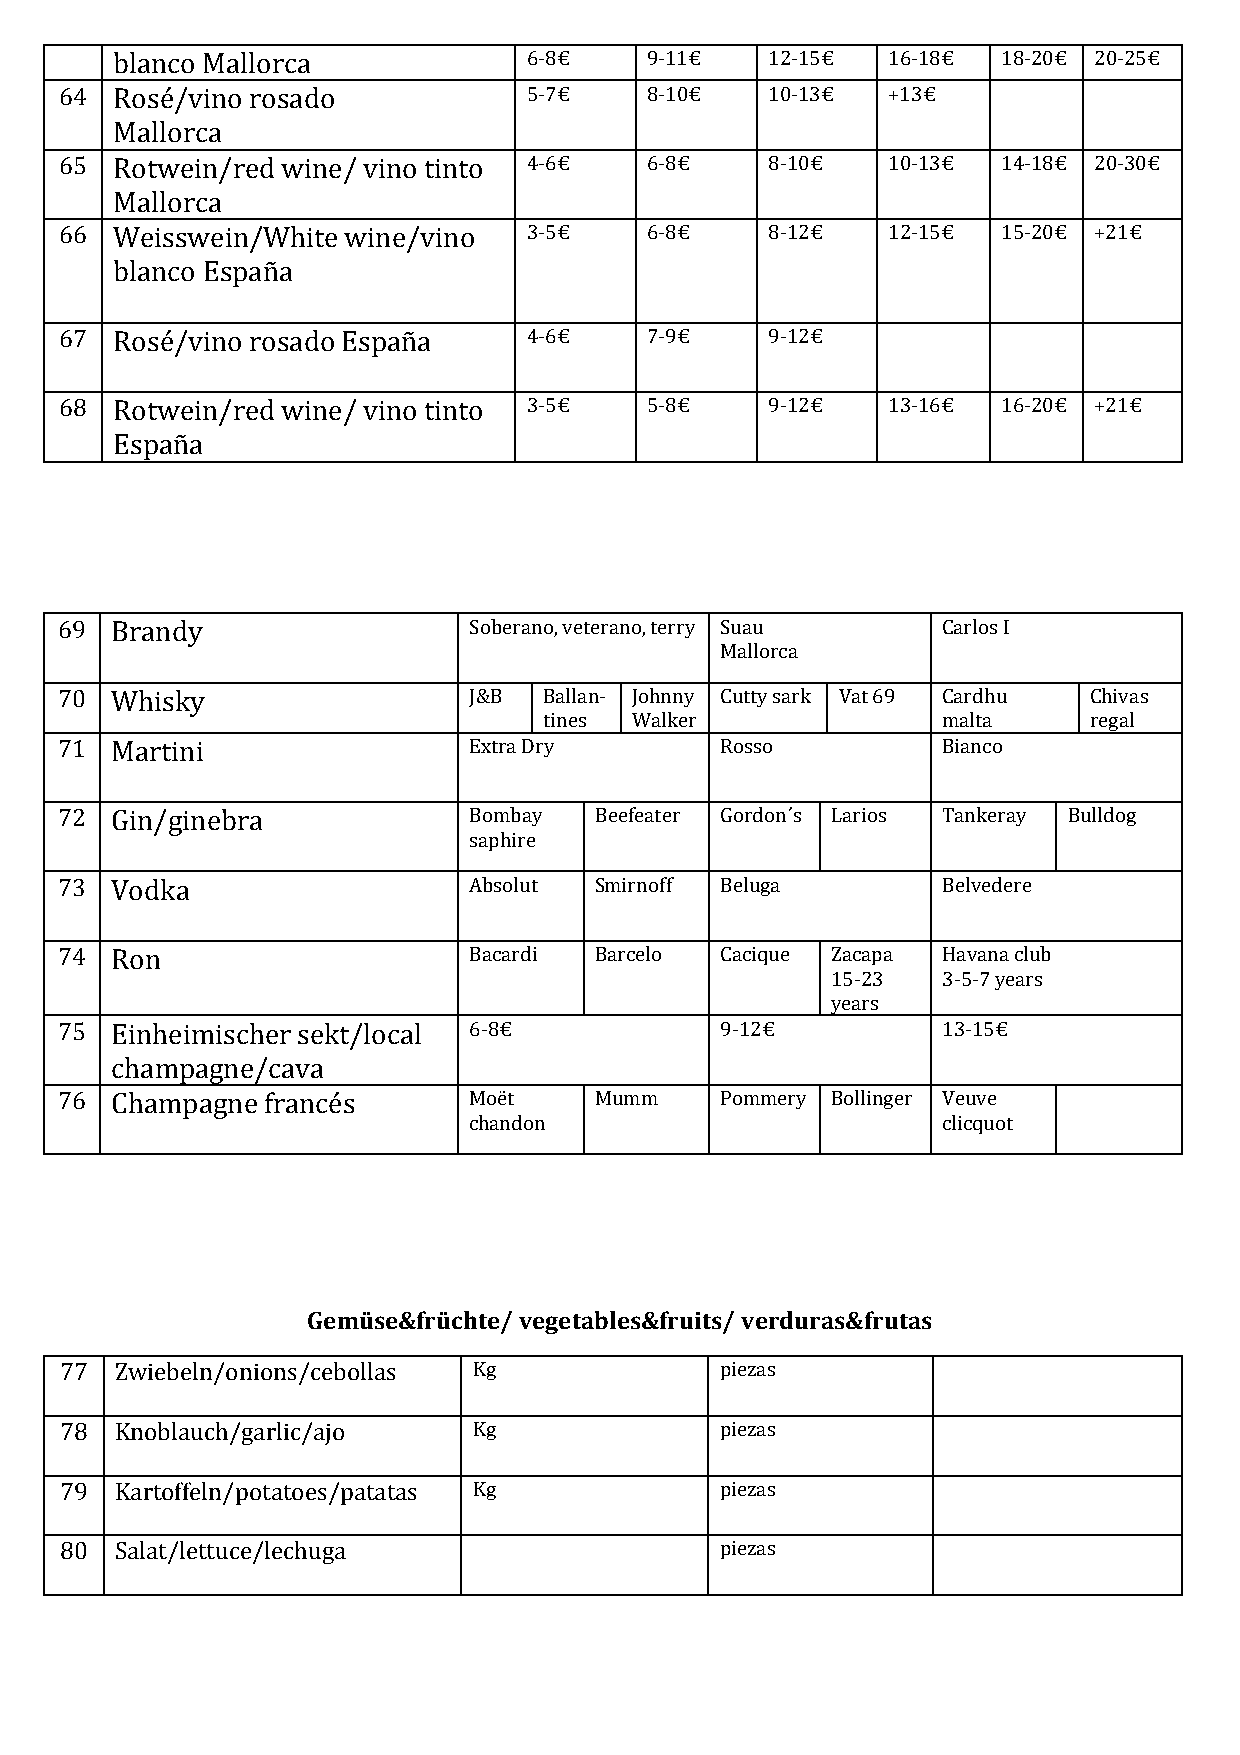
blanco Mallorca             6-8€    9-11€   12-15€  16-18€ 18-20€ 20-25€
 64 Rosé/vino rosado            5-7€    8-10€   10-13€  +13€
 Mallorca
 65 Rotwein/red wine/ vino tinto 4-6€   6-8€    8-10€   10-13€ 14-18€ 20-30€
 Mallorca
 66 Weisswein/White wine/vino   3-5€    6-8€    8-12€   12-15€ 15-20€ +21€
 blanco España
 67 Rosé/vino rosado España     4-6€    7-9€    9-12€
 68 Rotwein/red wine/ vino tinto 3-5€   5-8€    9-12€   13-16€ 16-20€ +21€
 España
 69 Brandy                  Soberano, veterano, terry Suau Carlos I
 Mallorca
 70 Whisky                  J&B  Ballan- Johnny Cutty sark Vat 69 Cardhu Chivas
 tines Walker              malta     regal
 71 Martini                 Extra Dry        Rosso         Bianco
 72 Gin/ginebra             Bombay  Beefeater Gordon´s Larios Tankeray Bulldog
 saphire
 73 Vodka                   Absolut Smirnoff Beluga        Belvedere
 74 Ron                     Bacardi Barcelo  Cacique Zacapa Havana club
 15-23  3-5-7 years
 years
 75 Einheimischer sekt/local 6-8€            9-12€         13-15€
 champagne/cava
 76 Champagne francés       Moët    Mumm     Pommery Bollinger Veuve
 chandon                        clicquot
 Gemüse&früchte/ vegetables&fruits/ verduras&frutas
 77  Zwiebeln/onions/cebollas Kg             piezas
 78  Knoblauch/garlic/ajo   Kg               piezas
 79  Kartoffeln/potatoes/patatas Kg          piezas
 80  Salat/lettuce/lechuga                   piezas